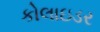
કોલાઇડર